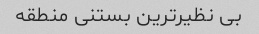
بی نظیر‌ترین بستنی منطقه